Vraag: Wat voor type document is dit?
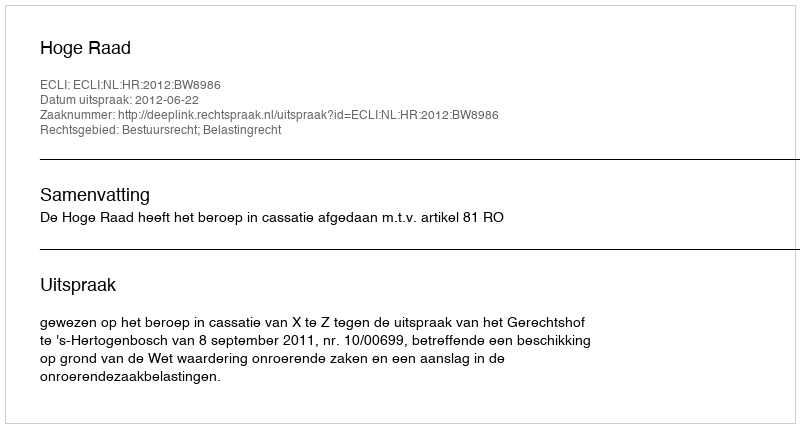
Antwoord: Uitspraak